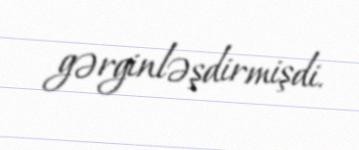
gərginləşdirmişdi.